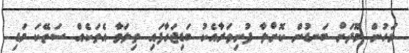
މަހުން މޫދަށް ބަނޑުން ކޮށްލާ ފުނިވަރާއެކު ބަޑިޖަހާފައި ތިލަވާ އެތަކެއް ސަތޭކަ މަޑި